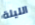
الليلة